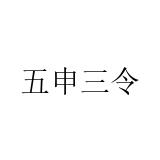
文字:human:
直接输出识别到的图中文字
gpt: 五申三令